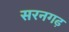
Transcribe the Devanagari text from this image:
सरनगढ़